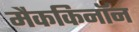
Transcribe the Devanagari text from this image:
मैककिनॉन